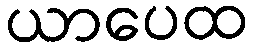
ယာပေထ